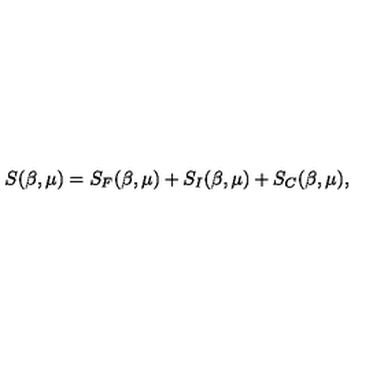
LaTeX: S ( \beta , \mu ) = S _ { F } ( \beta , \mu ) + S _ { I } ( \beta , \mu ) + S _ { C } ( \beta , \mu ) ,